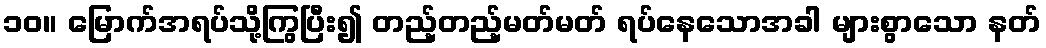
၁၀။ မြောက်အရပ်သို့ကြွပြီး၍ တည့်တည့်မတ်မတ် ရပ်နေသောအခါ များစွာသော နတ်